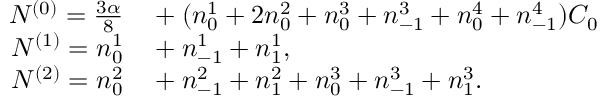
\begin{array} { r l } { N ^ { ( 0 ) } = \frac { 3 \alpha } { 8 } } & { { } + ( n _ { 0 } ^ { 1 } + 2 n _ { 0 } ^ { 2 } + n _ { 0 } ^ { 3 } + n _ { - 1 } ^ { 3 } + n _ { 0 } ^ { 4 } + n _ { - 1 } ^ { 4 } ) C _ { 0 } } \\ { N ^ { ( 1 ) } = n _ { 0 } ^ { 1 } } & { { } + n _ { - 1 } ^ { 1 } + n _ { 1 } ^ { 1 } , } \\ { N ^ { ( 2 ) } = n _ { 0 } ^ { 2 } } & { { } + n _ { - 1 } ^ { 2 } + n _ { 1 } ^ { 2 } + n _ { 0 } ^ { 3 } + n _ { - 1 } ^ { 3 } + n _ { 1 } ^ { 3 } . } \end{array}